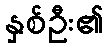
နှစ်ဦး၏